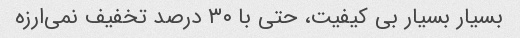
بسیار بسیار بی کیفیت، حتی با ۳۰ درصد تخفیف نمی‌ارزه